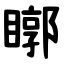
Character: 䁨